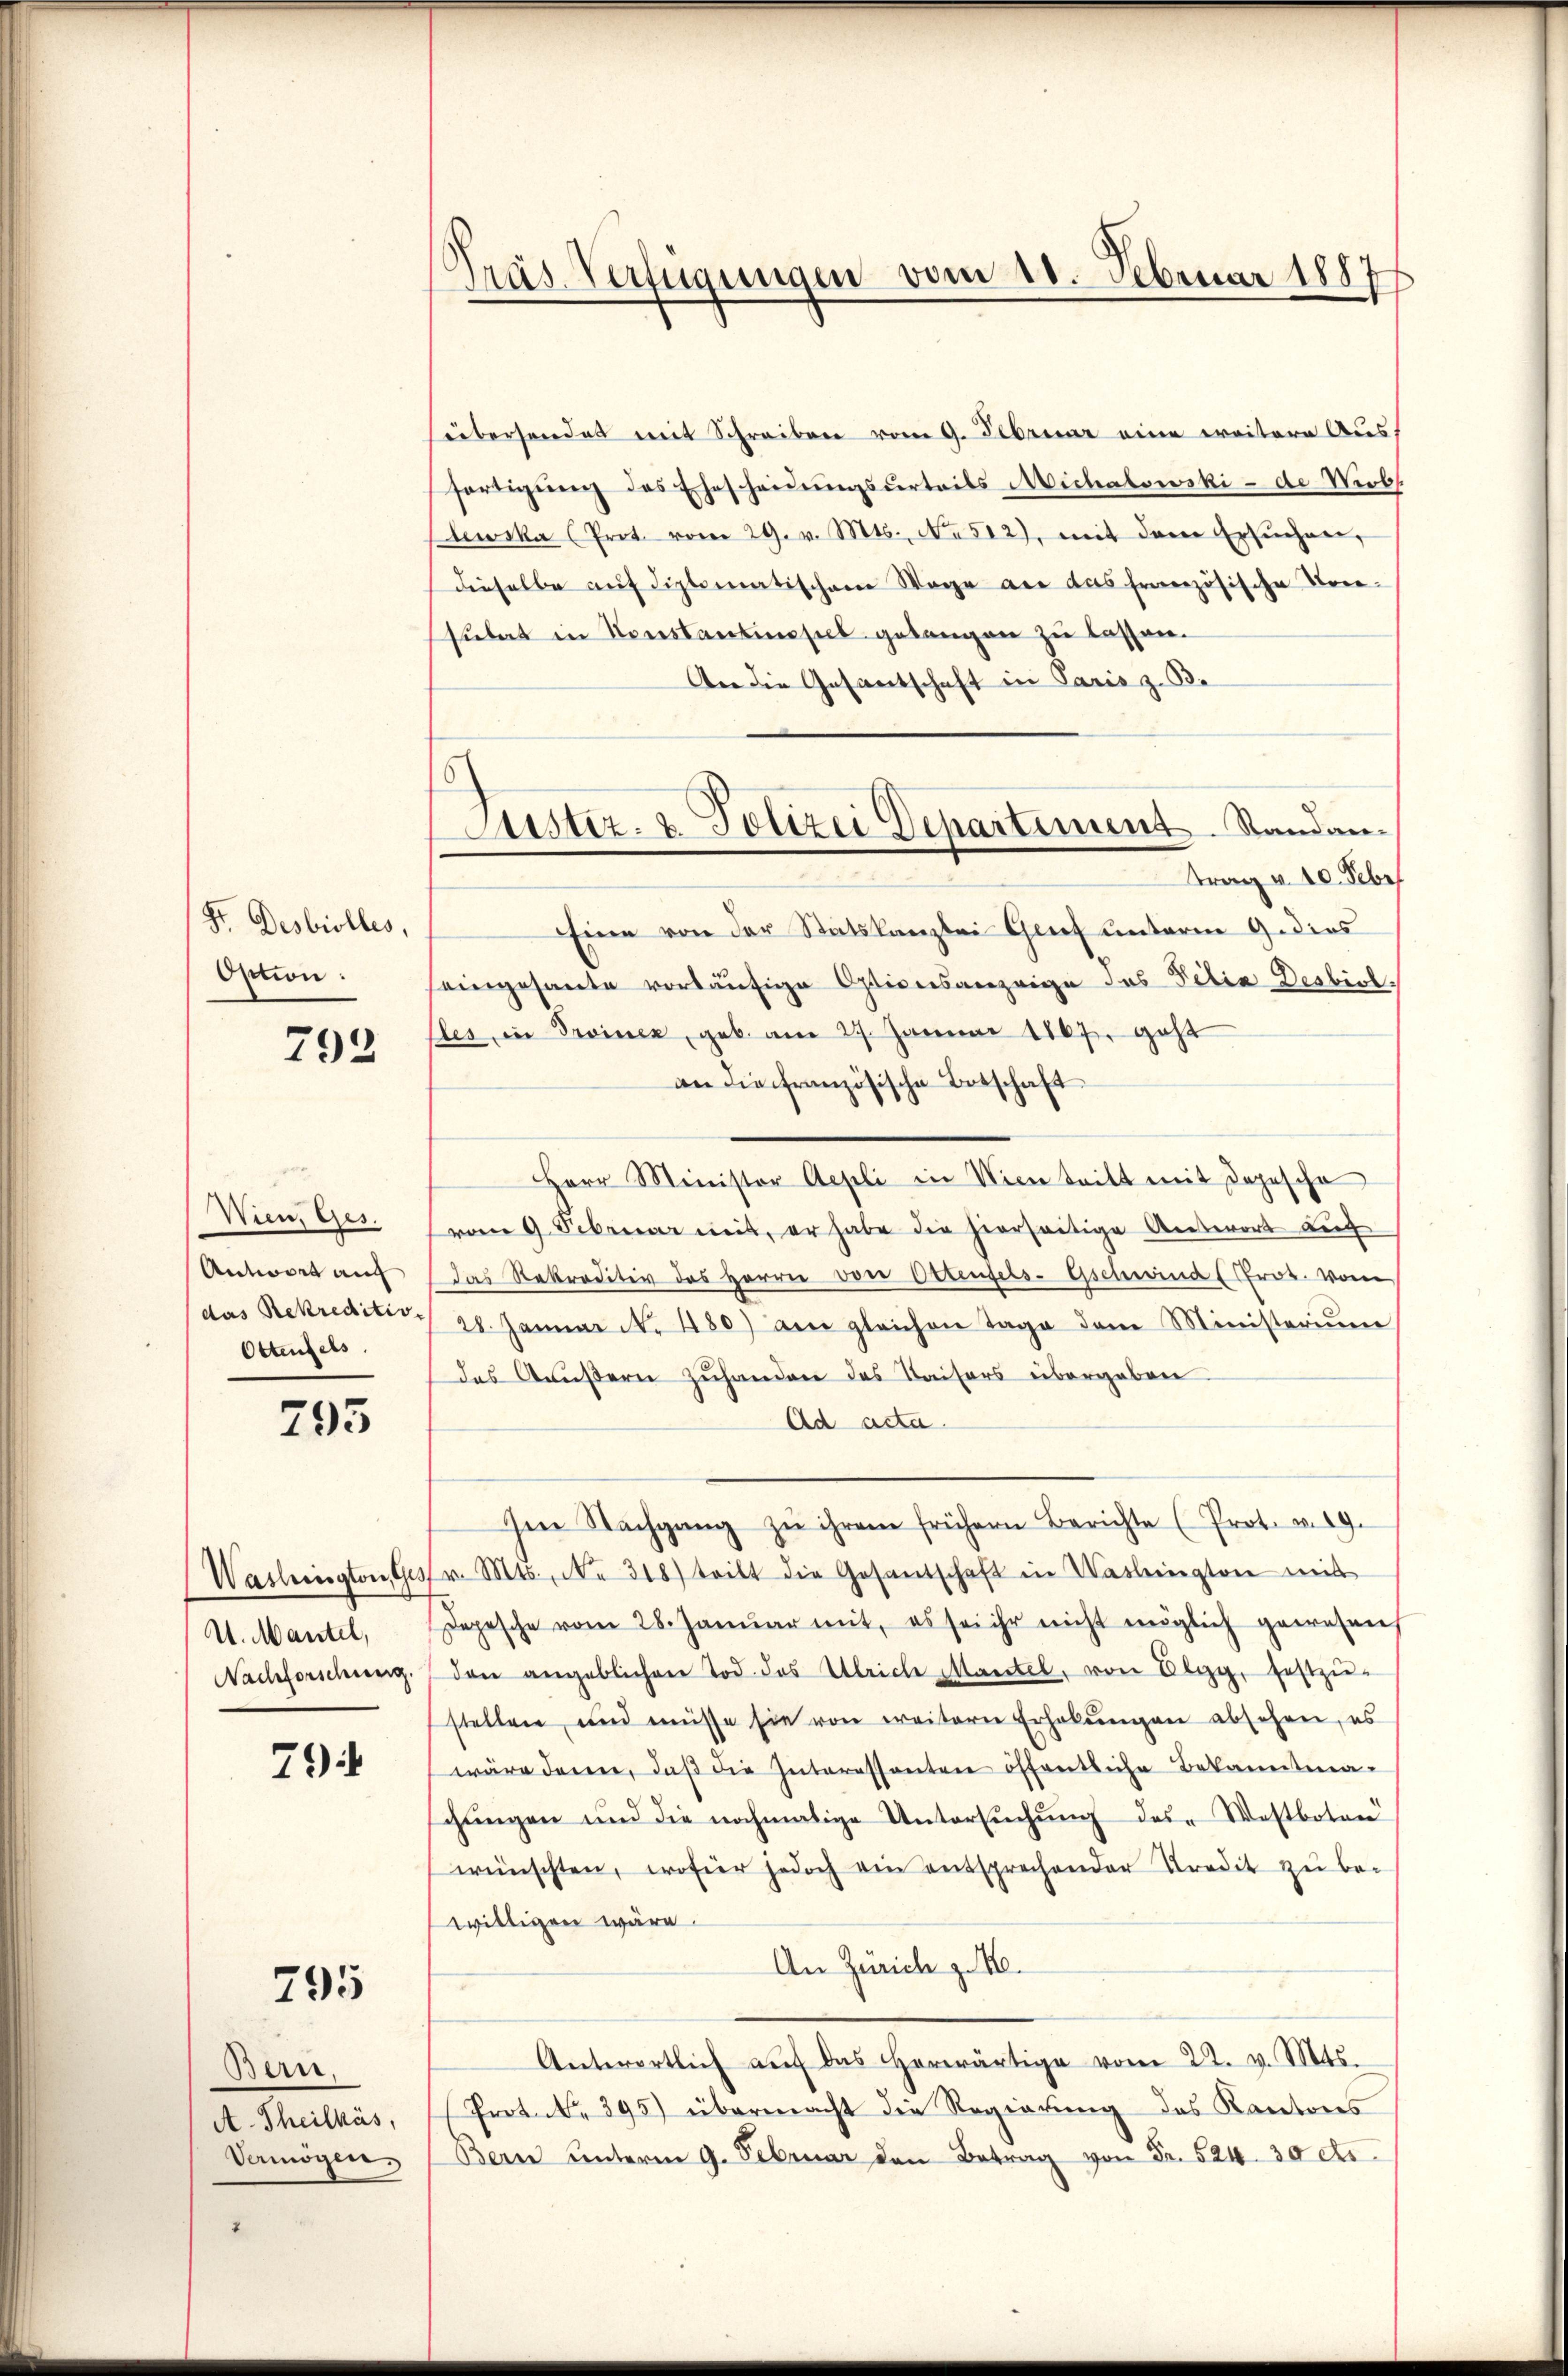
Sr. Desbiolles,
Ostion:

792

Wien, Ges.
Antwort auf
das Rekreditive
Ottenfels

795

Washington, Ges
V. Mantel,
Nachforschung.

79

795

Bern,
A. Theilkás,
Vermögen.

Präs. Verfügungen vom 10. Februar 1887

überhandet mit Schreiben vom 9. Februar eine weitere Ausfortigŭng des Ehescheidŭngsverteils Michalowski - de Wiebs
lewska (Prot. vom 29. v. Mts., No 512), mit dem Ersuchen,
dieselbe auf diplomatischem Wage an das französische Ver-
sulat in Konstantisel gelangen zu lassen.
An die Gesantschaft in Paris z. B.
trag v. 10. Febr
Eine von der Statskanzlei Grief unterm 9 dies
seingesante vorläufige Optionsanzeige des Felix Desbiol
lles in Trainen, geb. am 27. Januar 1867 geht
an die französische Botschaft
Herr Minister Aepli in Wien tritt mit Depesche
vom 9. Februar mit, er habe die hierseitige Antwort Lich
das Rekraditiv des Herren von Ottenfels-Gschwind (Pros. vom
28. Janŭar N. 480) am gleichen Tage dem Ministeriŭm
das Aŭβern zŭhander das Kaisers übergeben
Ad acta.
Im Nachgang zŭ ihrem frühern Berichte (Prot. v. 19.
v. Mts., N. 318) tritt die Gesantschaft in Washington mit
Depesche vom 28. Januar mit, es sei ihr nicht möglich gewesen
den angeblichen Tod. das Ulriche Mantel, von Elgg, festzustellen, und müsse sie von weitere Erhebungen absehen, es
wäre denen, daβ die Interessanten öffentliche Bekanntmachungen und die nochmalige Untersuchung des Westboten
wünschten, wofür jedoch ein entsprechender Kredit zu bewilligen wäre.
An Zürich z. 16.
Anterortlich aŭf das herwärtige vom 22. v. Mts.
Prot. No. 395) übermacht die Regierung des Kantons
Bern unterm 9. Februar den Betrag von Fr. 524. 30 cts.

Astiz- u. Polizei Departement. Standan-